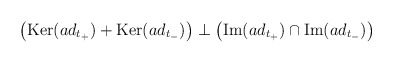
\begin{align*}\left( \mbox{Ker}(ad_{t_+}) + \mbox{Ker}(ad_{t_-}) \right) \perp\left( \mbox{Im}(ad_{t_+}) \cap \mbox{Im}(ad_{t_-}) \right)\end{align*}